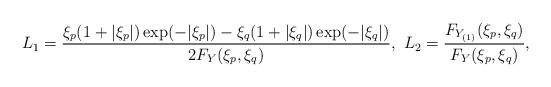
LaTeX: \begin{align*} L_{1}=\frac{\xi_{p}(1+|\xi_{p}|)\exp(-|\xi_{p}|)-\xi_{q}(1+|\xi_{q}|)\exp(-|\xi_{q}|)}{2F_{Y}(\xi_{p},\xi_{q})},~ L_{2}&=\frac{F_{Y_{(1)}}(\xi_{p},\xi_{q})}{F_{Y}(\xi_{p},\xi_{q})},\end{align*}